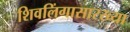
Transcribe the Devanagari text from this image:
शिवलिंगासारख्या